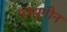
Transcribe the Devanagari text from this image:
यंत्रयुगीन